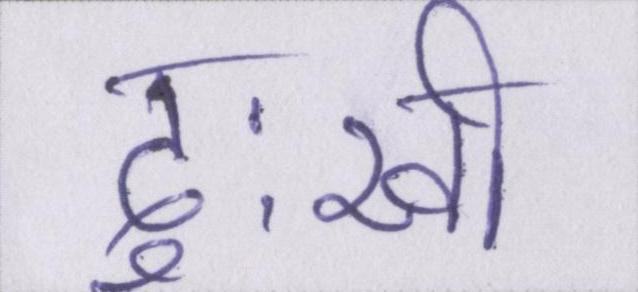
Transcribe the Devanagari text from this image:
दुःखी